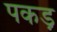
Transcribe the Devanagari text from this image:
पकड़़